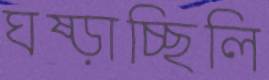
ঘষ্‌ড়াচ্ছিলি